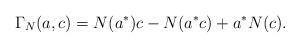
LaTeX: \begin{gather*}\Gamma_N(a, c)=N(a^*) c-N(a^*c)+a^*N(c).\end{gather*}